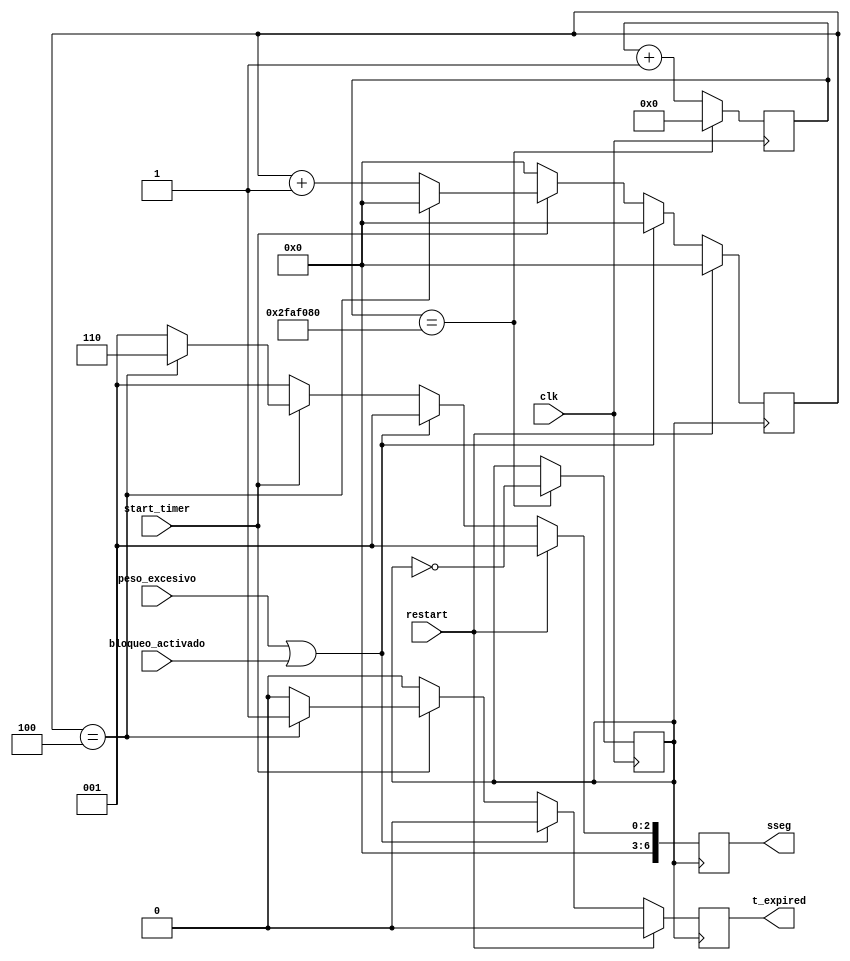
`timescale 1ns / 1ps
//////////////////////////////////////////////////////////////////////////////////
// Company: 
// Engineer: 
// 
// Design Name: 
// Module Name:    Temporizador 
// Project Name: 
// Target Devices: 
// Tool versions: 
// Description: 
//
// Dependencies: 
//
// Revision: 
// Revision 0.01 - File Created
// Additional Comments: 
//
//////////////////////////////////////////////////////////////////////////////////
module Temporizador(
	input restart,start_timer,clk,peso_excesivo,bloqueo_activado, //entradas
	output reg t_expired, //salidas
	output reg [6:0] sseg
   );
	
	
	//Estas variables se encargan de realizar la division de frecuencia
	reg[50:0] count;
	reg[1:0] state_reg, state_next;
	reg clk2;
	
	//Estas variables se encargan de verificar el comportamiento del temporizador
	reg[3:0] countValue;
	parameter terminalCount = 5;
	 
	 //divisor de reloj de 100 MHz a 1 Hz
	 always @(posedge clk)
		begin
			if(count == 51'd50_000_000)
				begin
					count<= 0;
					clk2 <= ~clk2;
				end
			else
				begin
					count <= count + 1;
				end
		end
	
	
	//Se encarga del funcionamiento del temporizador
	always@(posedge clk2)
		begin
		t_expired <= 0;
		countValue <= 0;
		sseg[6:0] <= 7'b0000001;
		if(restart)
			countValue <= 0;
			
		else if((peso_excesivo) || (bloqueo_activado))
					sseg[6:0] <= 7'b0000001;
		else 
			begin
				if(start_timer) begin
					if(countValue == terminalCount - 1)
						begin
						t_expired <= 1;
						sseg[6:0] <= 7'b0000110;
						end
					else
						countValue <= countValue + 1;
				   end
				end
			end
			
			
		
				

endmodule